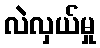
လဲလှယ်မှု